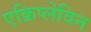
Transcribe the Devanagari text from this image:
एक्रिप्लेविन